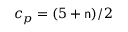
c _ { p } = ( 5 + \mathsf { n } ) / 2